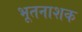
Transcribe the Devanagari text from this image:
भूतनाशक